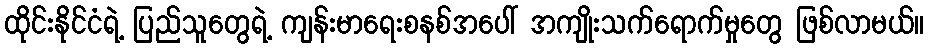
ထိုင်းနိုင်ငံရဲ့ ပြည်သူတွေရဲ့ ကျန်းမာရေးစနစ်အပေါ် အကျိုးသက်ရောက်မှုတွေ ဖြစ်လာမယ်။